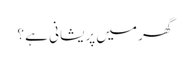
گھر میں پریشانی ہے ؟